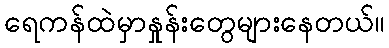
ရေကန်ထဲမှာနှုန်းတွေများနေတယ်။